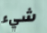
شيء